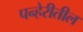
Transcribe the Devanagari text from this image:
पन्हेरीतील